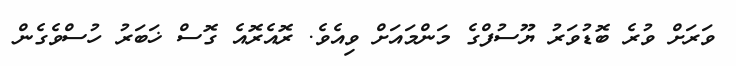
ވަރަށް ވުރެ ބޮޑުވަރު ޔޫސުފްގެ މަންމައަށް ވިއެވެ. ރޮއެރޮއެ ގޮސް ޚަބަރު ހުސްވެގެން